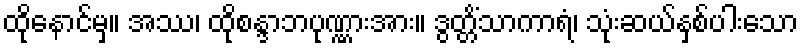
ထိုနောင်မှ။ အဿ၊ ထိုစန္ဒာဘပုဏ္ဏားအား။ ဒွတ္တိံသာကာရံ၊ သုံးဆယ်နှစ်ပါးသော